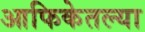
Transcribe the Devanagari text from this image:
आफिकेतल्या